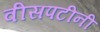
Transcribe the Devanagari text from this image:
वीसपटीनी